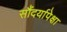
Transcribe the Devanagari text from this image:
सौंदर्यापेक्षा